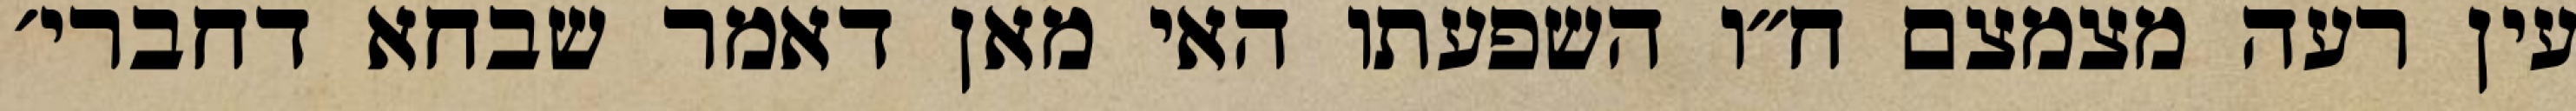
עין רעה מצמצם ח״ו השפעתו האי מאן דאמר שבחא דחברי׳